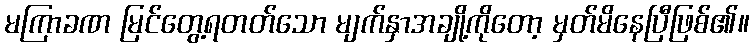
မကြာခဏ မြင်တွေ့ရတတ်သော မျက်နှာအချို့ကိုတော့ မှတ်မိနေပြီဖြစ်၏။